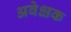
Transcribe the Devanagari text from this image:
अवेक्षक